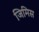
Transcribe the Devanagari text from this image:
जिमिस